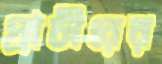
প্রাচীরের